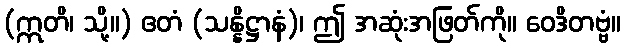
(ဣတိ၊ သို့။) ဧတံ (သန္နိဋ္ဌာနံ)၊ ဤ အဆုံးအဖြတ်ကို။ ဝေဒိတဗ္ဗံ။